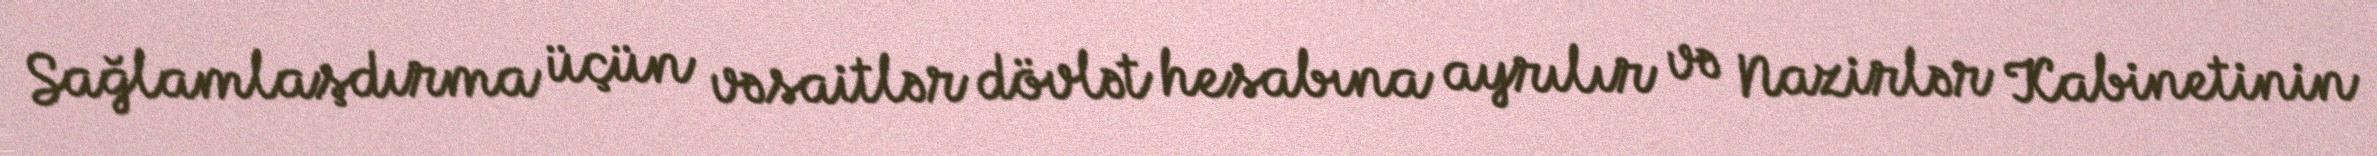
Sağlamlaşdırma üçün vəsaitlər dövlət hesabına ayrılır və Nazirlər Kabinetinin